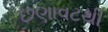
છણાવટથી